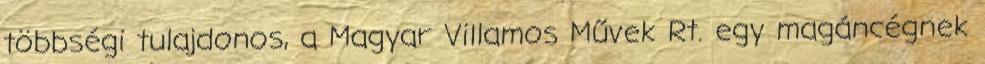
többségi tulajdonos, a Magyar Villamos Művek Rt. egy magáncégnek